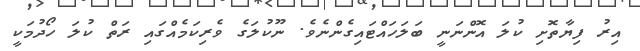
އިރު ފިޔާތޮށި ކުލަ އޮންނަނީ ބަލަހައްޓައިގެންނެވެ. ނޫކުލަގެ ވެރިކަމެއްގައި ރަތް ކުލަ ހޯދުމަކީ